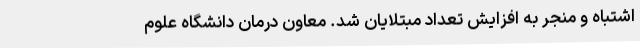
اشتباه و منجر به افزایش تعداد مبتلایان شد. معاون درمان دانشگاه علوم